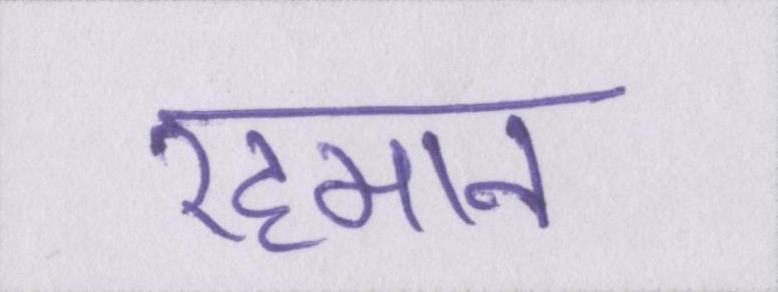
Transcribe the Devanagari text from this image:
रहमान